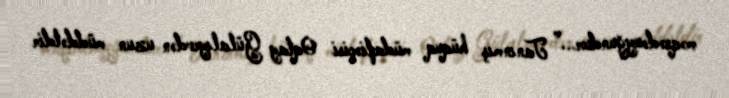
məqsədəuyğundur...” Tanınmış hüquq müdafiəçisi Oqtay Gülalıyevdən uzun müddətdir